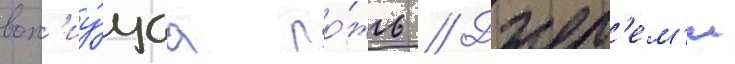
воп'иу́щаа ло́жь // Джер'ем'и